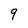
Character: 9